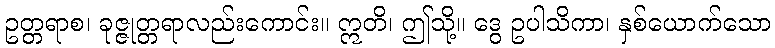
ဥတ္တရာစ၊ ခုဇ္ဇုတ္တရာလည်းကောင်း။ ဣတိ၊ ဤသို့။ ဒွေ ဥပါသိကာ၊ နှစ်ယောက်သော